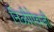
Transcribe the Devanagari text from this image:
निळीऐवजी